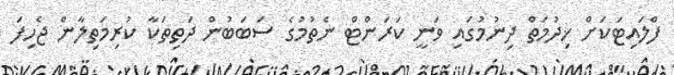
ފްލައިޓަކަށް ޚިދުމަތް ދިނުމުގައި ވަނީ ކަރަންޓް ނެތުމުގެ ސަބަބުން ދަތިތަކާ ކުރިމަތިލާން ޖެހިފަ